Document type: Barter
Year: 1304
Scribe: Pere Pometa
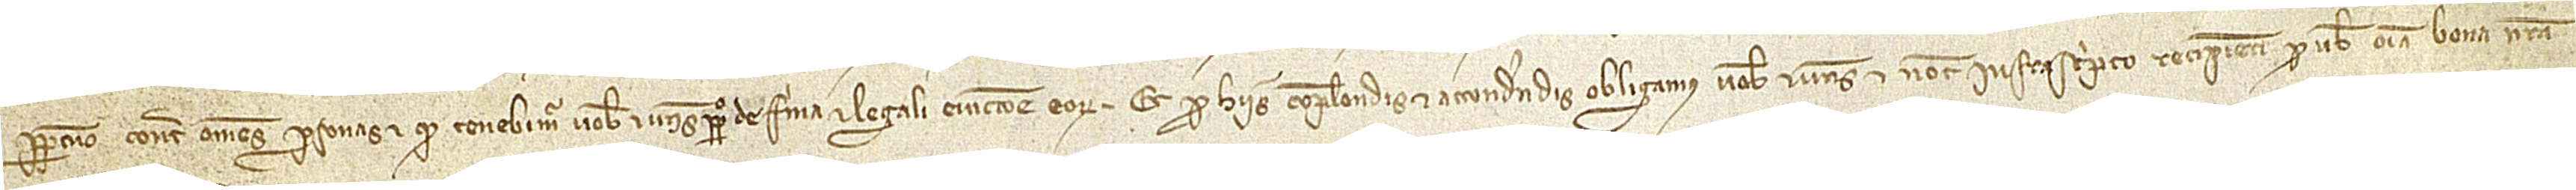
perpetuo contra omnes personas, et quod tenebimus vobis et vestris perpetuo de firma et legali eviccione eorum. Et pro hiis complendis et attendendis obligamus vobis et vestris et notario infrascripto recipienti pro vobis omnia bona nostra